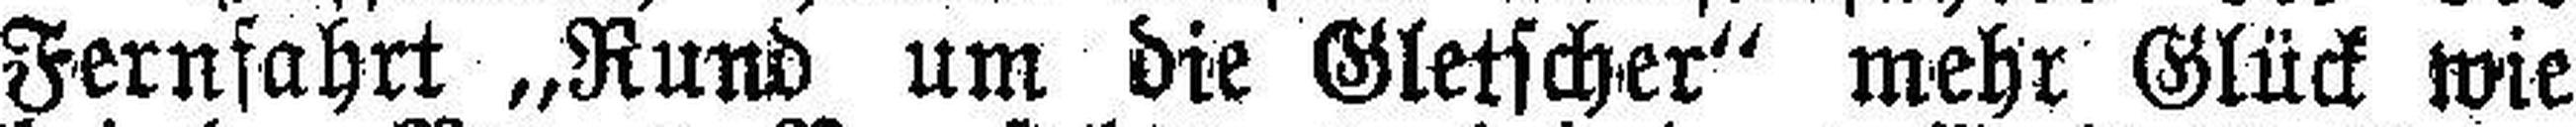
Fernfahrt „Rund um die Gletscher“ mehr Glück wie